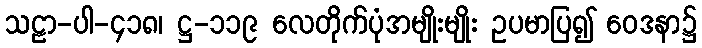
သဠာ-ပါ-၄၁၈၊ ဋ္ဌ-၁၁၉ လေတိုက်ပုံအမျိုးမျိုး ဥပမာပြ၍ ဝေဒနာ၌